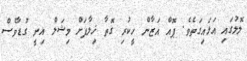
ލޮލުގައި އަޅައިގަތެވެ. ޕޮއް އަޒާން ހީކުރި ގޮތާ ޚިލާފަށް މިޝަލް އިނީ ގުޑާވެސް